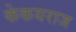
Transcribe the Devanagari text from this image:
केकयराज